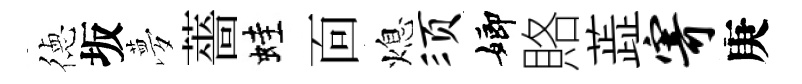
徳坂夢薔蛙靣熄须嫏賂蕋寄庚